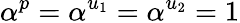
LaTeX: \alpha^{p}=\alpha^{u_{1}}=\alpha^{u_{2}}=1